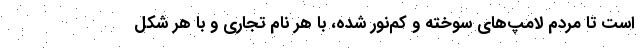
است تا مردم لامپ‌های سوخته و کم‌نور شده، با هر نام تجاری و با هر شکل